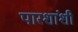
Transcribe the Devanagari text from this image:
पारशांशी